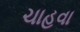
ચાહવા